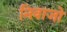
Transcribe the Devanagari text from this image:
निवाजो